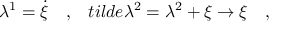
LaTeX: \lambda ^ { 1 } = \dot { \xi } \ \ \ , \ \ \, t i l d e { \lambda } ^ { 2 } = \lambda ^ { 2 } + \xi \rightarrow \xi \ \ \ ,